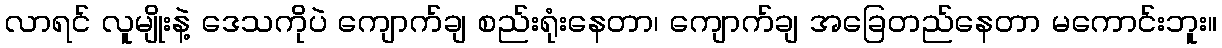
လာရင် လူမျိုးနဲ့ ဒေသကိုပဲ ကျောက်ချ စည်းရုံးနေတာ၊ ကျောက်ချ အခြေတည်နေတာ မကောင်းဘူး။